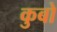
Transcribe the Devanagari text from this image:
कुबो